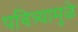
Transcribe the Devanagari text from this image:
पवित्र्यामुळे